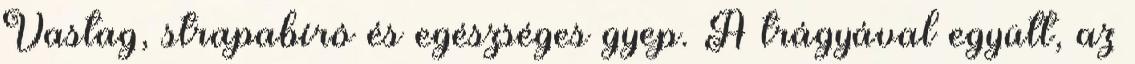
Vastag, strapabíró és egészséges gyep. A trágyával együtt, az